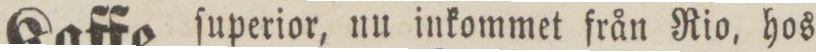
Kaffe, ſuperior, nu inkommet från Rio, hos